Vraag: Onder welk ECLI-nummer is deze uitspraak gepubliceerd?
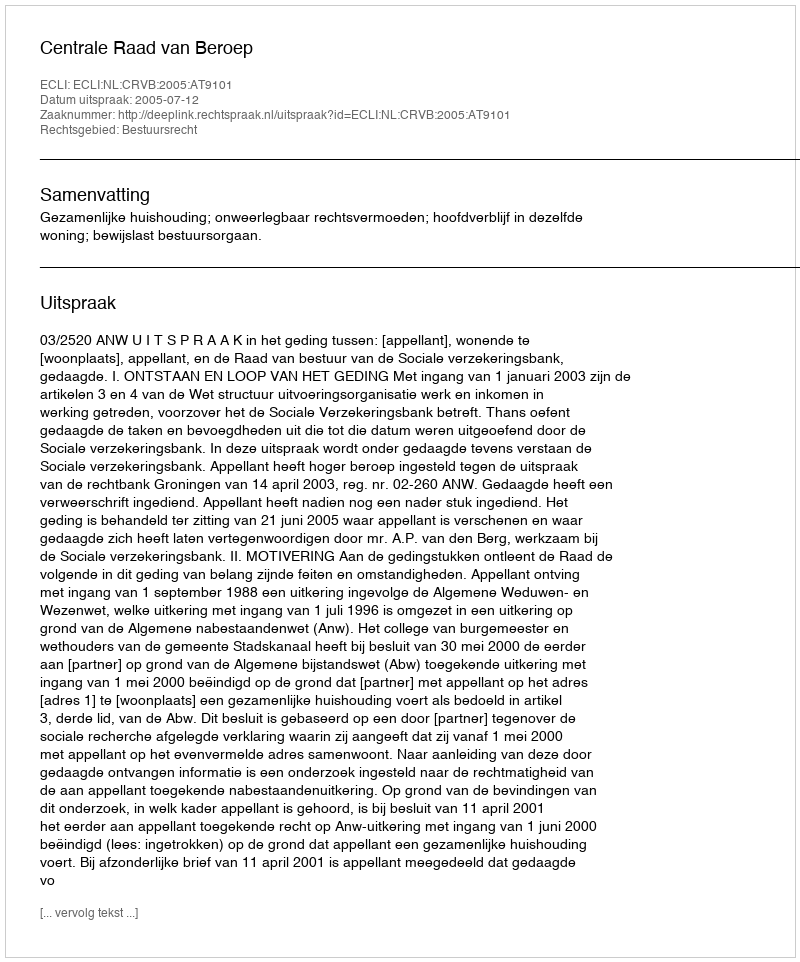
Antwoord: ECLI:NL:CRVB:2005:AT9101